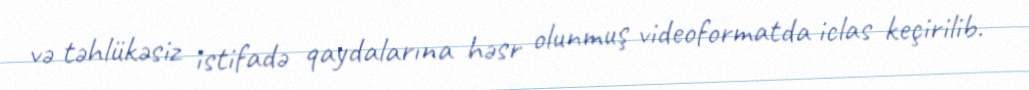
və təhlükəsiz istifadə qaydalarına həsr olunmuş videoformatda iclas keçirilib.